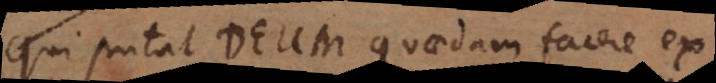
Qui putat Deum quaedam facere ex